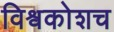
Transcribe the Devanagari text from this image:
विश्वकोशच